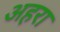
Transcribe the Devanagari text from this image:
अहरा